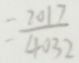
= \frac { 2 0 1 7 } { 4 0 3 2 }